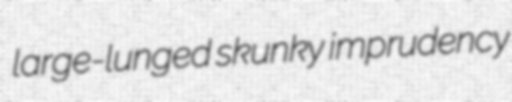
large-lunged skunky imprudency